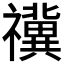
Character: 𥜥